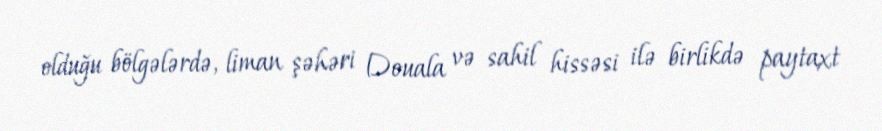
olduğu bölgələrdə, liman şəhəri Douala və sahil hissəsi ilə birlikdə paytaxt